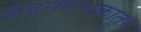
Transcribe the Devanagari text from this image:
प्रजननचक्रातून